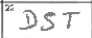
Transcription: DST